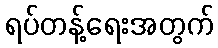
ရပ်တန့်ရေးအတွက်